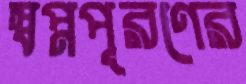
স্বপ্নপূরণের